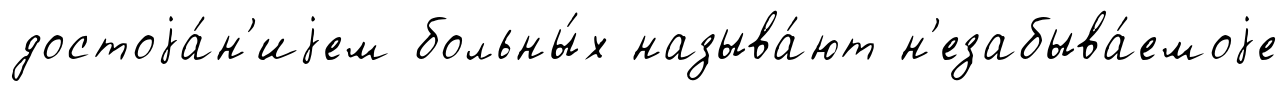
достоjа́н'иjем больны́х называ́ют н'езабыва́емоjе